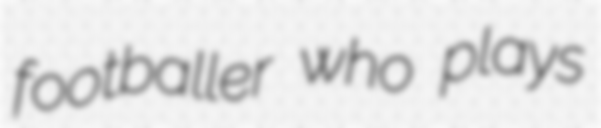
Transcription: footballer who plays